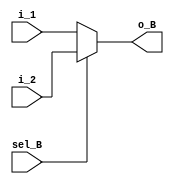
`timescale 1ns / 1ps
//////////////////////////////////////////////////////////////////////////////////
// Company: 
// Engineer: 
// 
// Design Name: 
// Module Name: mux_B
// Project Name: 
// Target Devices: 
// Tool Versions: 
// Description: 
// 
// Dependencies: 
// 
// Revision:
// Revision 0.01 - File Created
// Additional Comments:
// 
//////////////////////////////////////////////////////////////////////////////////


`define MUX_WIDTH1 8
module mux_B(
i_1 , i_2 , o_B  , sel_B 
    );
  
 input sel_B ;
 input [`MUX_WIDTH1-1:0] i_1 , i_2 ; 
 output[`MUX_WIDTH1-1:0] o_B ;  
 
 assign o_B = sel_B ? i_2 :i_1 ;
 
endmodule